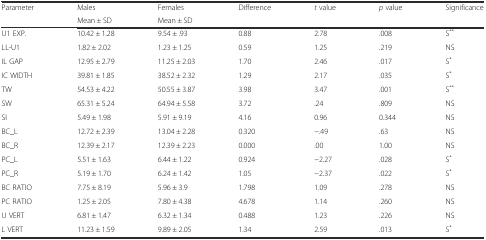
<table><thead><tr><td rowspan="2"><b>Parameter</b></td><td><b>Males</b></td><td><b>Females</b></td><td rowspan="2"><b>Difference</b></td><td rowspan="2"><b><i>t</i> value</b></td><td rowspan="2"><b><i>p</i> value</b></td><td rowspan="2"><b>Significance</b></td></tr><tr><td><b>Mean ± SD</b></td><td><b>Mean ± SD</b></td></tr></thead><tbody><tr><td>U1 EXP.</td><td>10.42 ± 1.28</td><td>9.54 ± .93</td><td>0.88</td><td>2.78</td><td>.008</td><td>S<sup>**</sup></td></tr><tr><td>LL-U1</td><td>1.82 ± 2.02</td><td>1.23 ± 1.25</td><td>0.59</td><td>1.25</td><td>.219</td><td>NS</td></tr><tr><td>IL GAP</td><td>12.95 ± 2.79</td><td>11.25 ± 2.03</td><td>1.70</td><td>2.46</td><td>.017</td><td>S<sup>*</sup></td></tr><tr><td>IC WIDTH</td><td>39.81 ± 1.85</td><td>38.52 ± 2.32</td><td>1.29</td><td>2.17</td><td>.035</td><td>S<sup>*</sup></td></tr><tr><td>TW</td><td>54.53 ± 4.22</td><td>50.55 ± 3.87</td><td>3.98</td><td>3.47</td><td>.001</td><td>S<sup>**</sup></td></tr><tr><td>SW</td><td>65.31 ± 5.24</td><td>64.94 ± 5.58</td><td>3.72</td><td>.24</td><td>.809</td><td>NS</td></tr><tr><td>SI</td><td>5.49 ± 1.98</td><td>5.91 ± 9.19</td><td>4.16</td><td>0.96</td><td>0.344</td><td>NS</td></tr><tr><td>BC_L</td><td>12.72 ± 2.39</td><td>13.04 ± 2.28</td><td>0.320</td><td>−.49</td><td>.63</td><td>NS</td></tr><tr><td>BC_R</td><td>12.39 ± 2.17</td><td>12.39 ± 2.23</td><td>0.000</td><td>.00</td><td>1.00</td><td>NS</td></tr><tr><td>PC_L</td><td>5.51 ± 1.63</td><td>6.44 ± 1.22</td><td>0.924</td><td>−2.27</td><td>.028</td><td>S<sup>*</sup></td></tr><tr><td>PC_R</td><td>5.19 ± 1.70</td><td>6.24 ± 1.42</td><td>1.05</td><td>−2.37</td><td>.022</td><td>S<sup>*</sup></td></tr><tr><td>BC RATIO</td><td>7.75 ± 8.19</td><td>5.96 ± 3.9</td><td>1.798</td><td>1.09</td><td>.278</td><td>NS</td></tr><tr><td>PC RATIO</td><td>1.25 ± 2.05</td><td>7.80 ± 4.38</td><td>4.678</td><td>1.14</td><td>.260</td><td>NS</td></tr><tr><td>U VERT</td><td>6.81 ± 1.47</td><td>6.32 ± 1.34</td><td>0.488</td><td>1.23</td><td>.226</td><td>NS</td></tr><tr><td>L VERT</td><td>11.23 ± 1.59</td><td>9.89 ± 2.05</td><td>1.34</td><td>2.59</td><td>.013</td><td>S<sup>*</sup></td></tr></tbody></table>